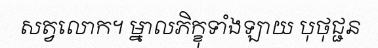
សត្វលោក។ ម្នាលភិក្ខុទាំងឡាយ បុថុជ្ជន